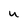
Character: U